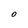
Character: O